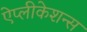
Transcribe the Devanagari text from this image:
ऐप्लीकेशन्स